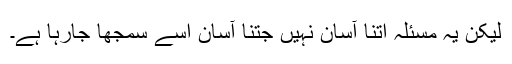
لیکن یہ مسئلہ اتنا آسان نہیں جتنا آسان اسے سمجھا جارہا ہے۔